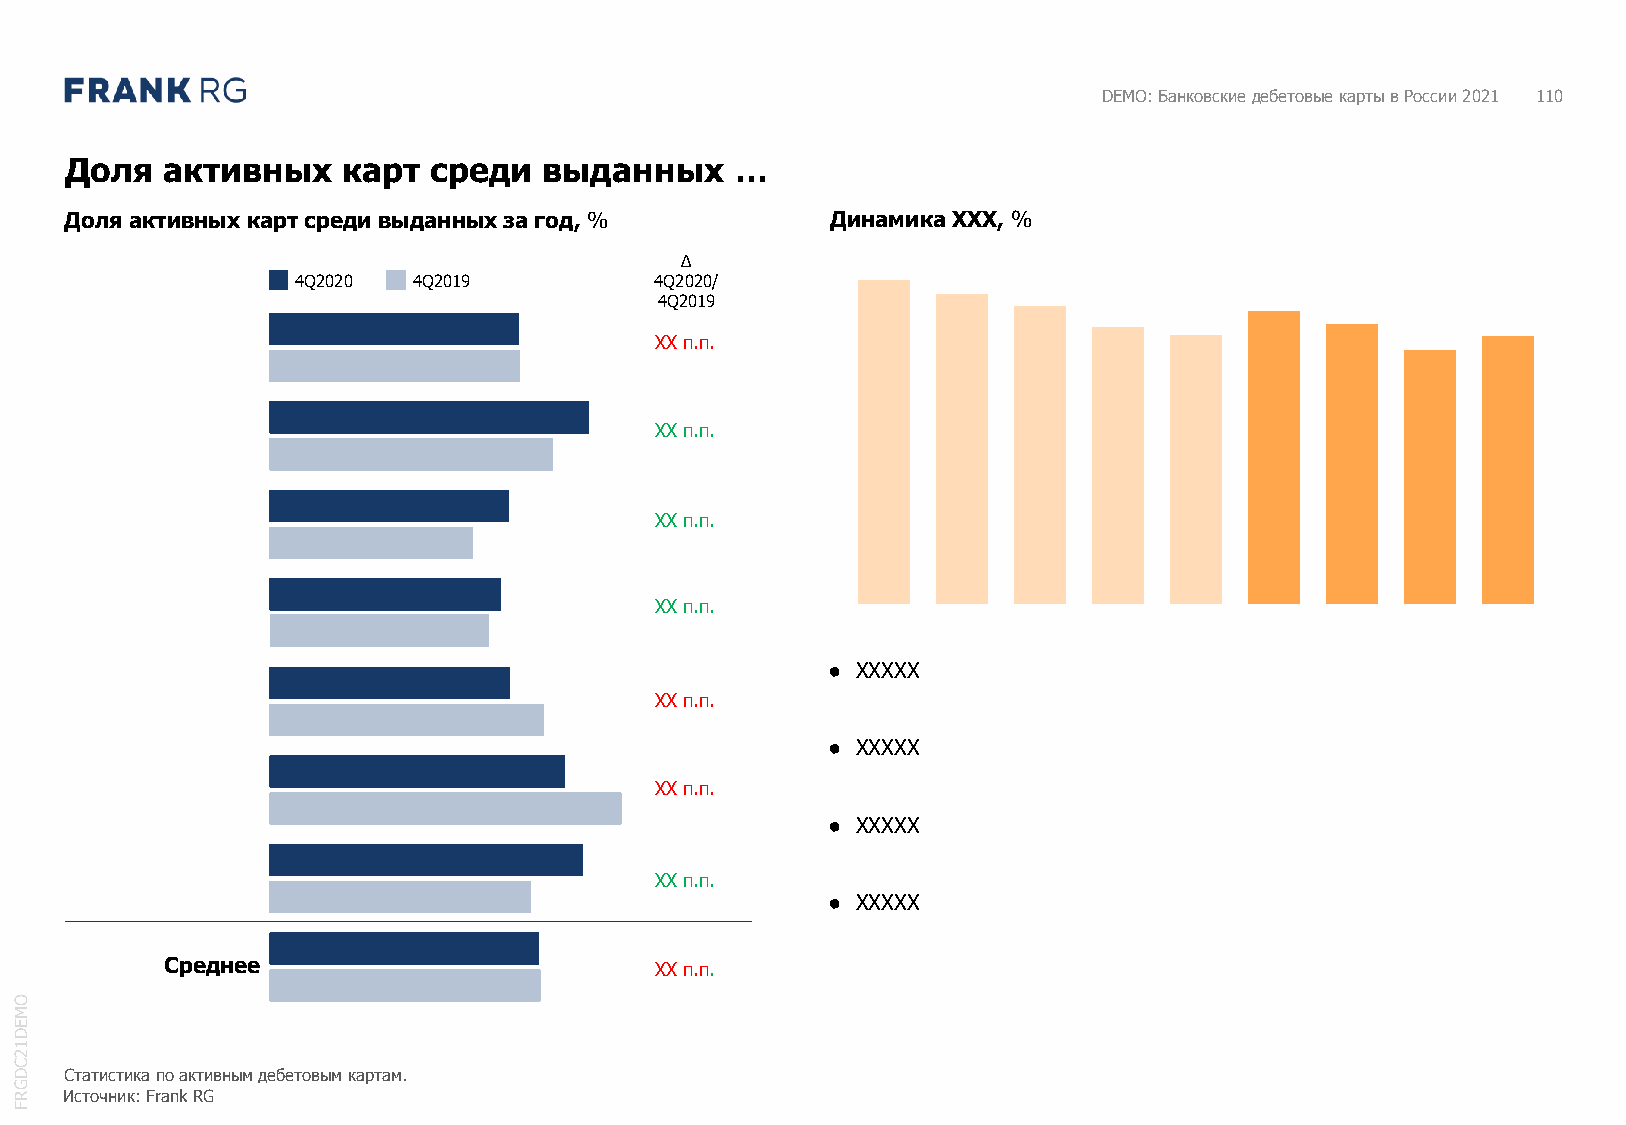
DEMO: Банковские дебетовые карты в России 2021 110
 Доля   активных    карт  среди  выданных     …
 Доля активных карт среди выданных за год, %        Динамика XXX, %
 Δ
 4Q2020 4Q2019          4Q2020/
 4Q2019
 XX п.п.
 XX п.п.
 XX п.п.
 XX п.п.
 ● XXXXX
 XXп.п.
 ● XXXXX
 XX п.п.
 ● XXXXX
 XX п.п.
 ● XXXXX
 Среднее                         XX п.п.
 O
 M
 E
 D
 1
 2
 C
 D  Статистика по активным дебетовым картам.
 G
 R  Источник: Frank RG
 F